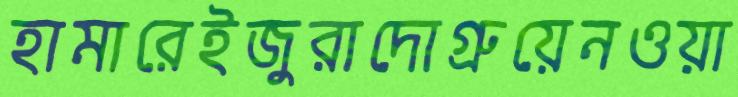
হামারেইজুরাদোগ্রুয়েনওয়া